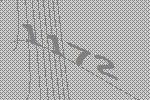
1172